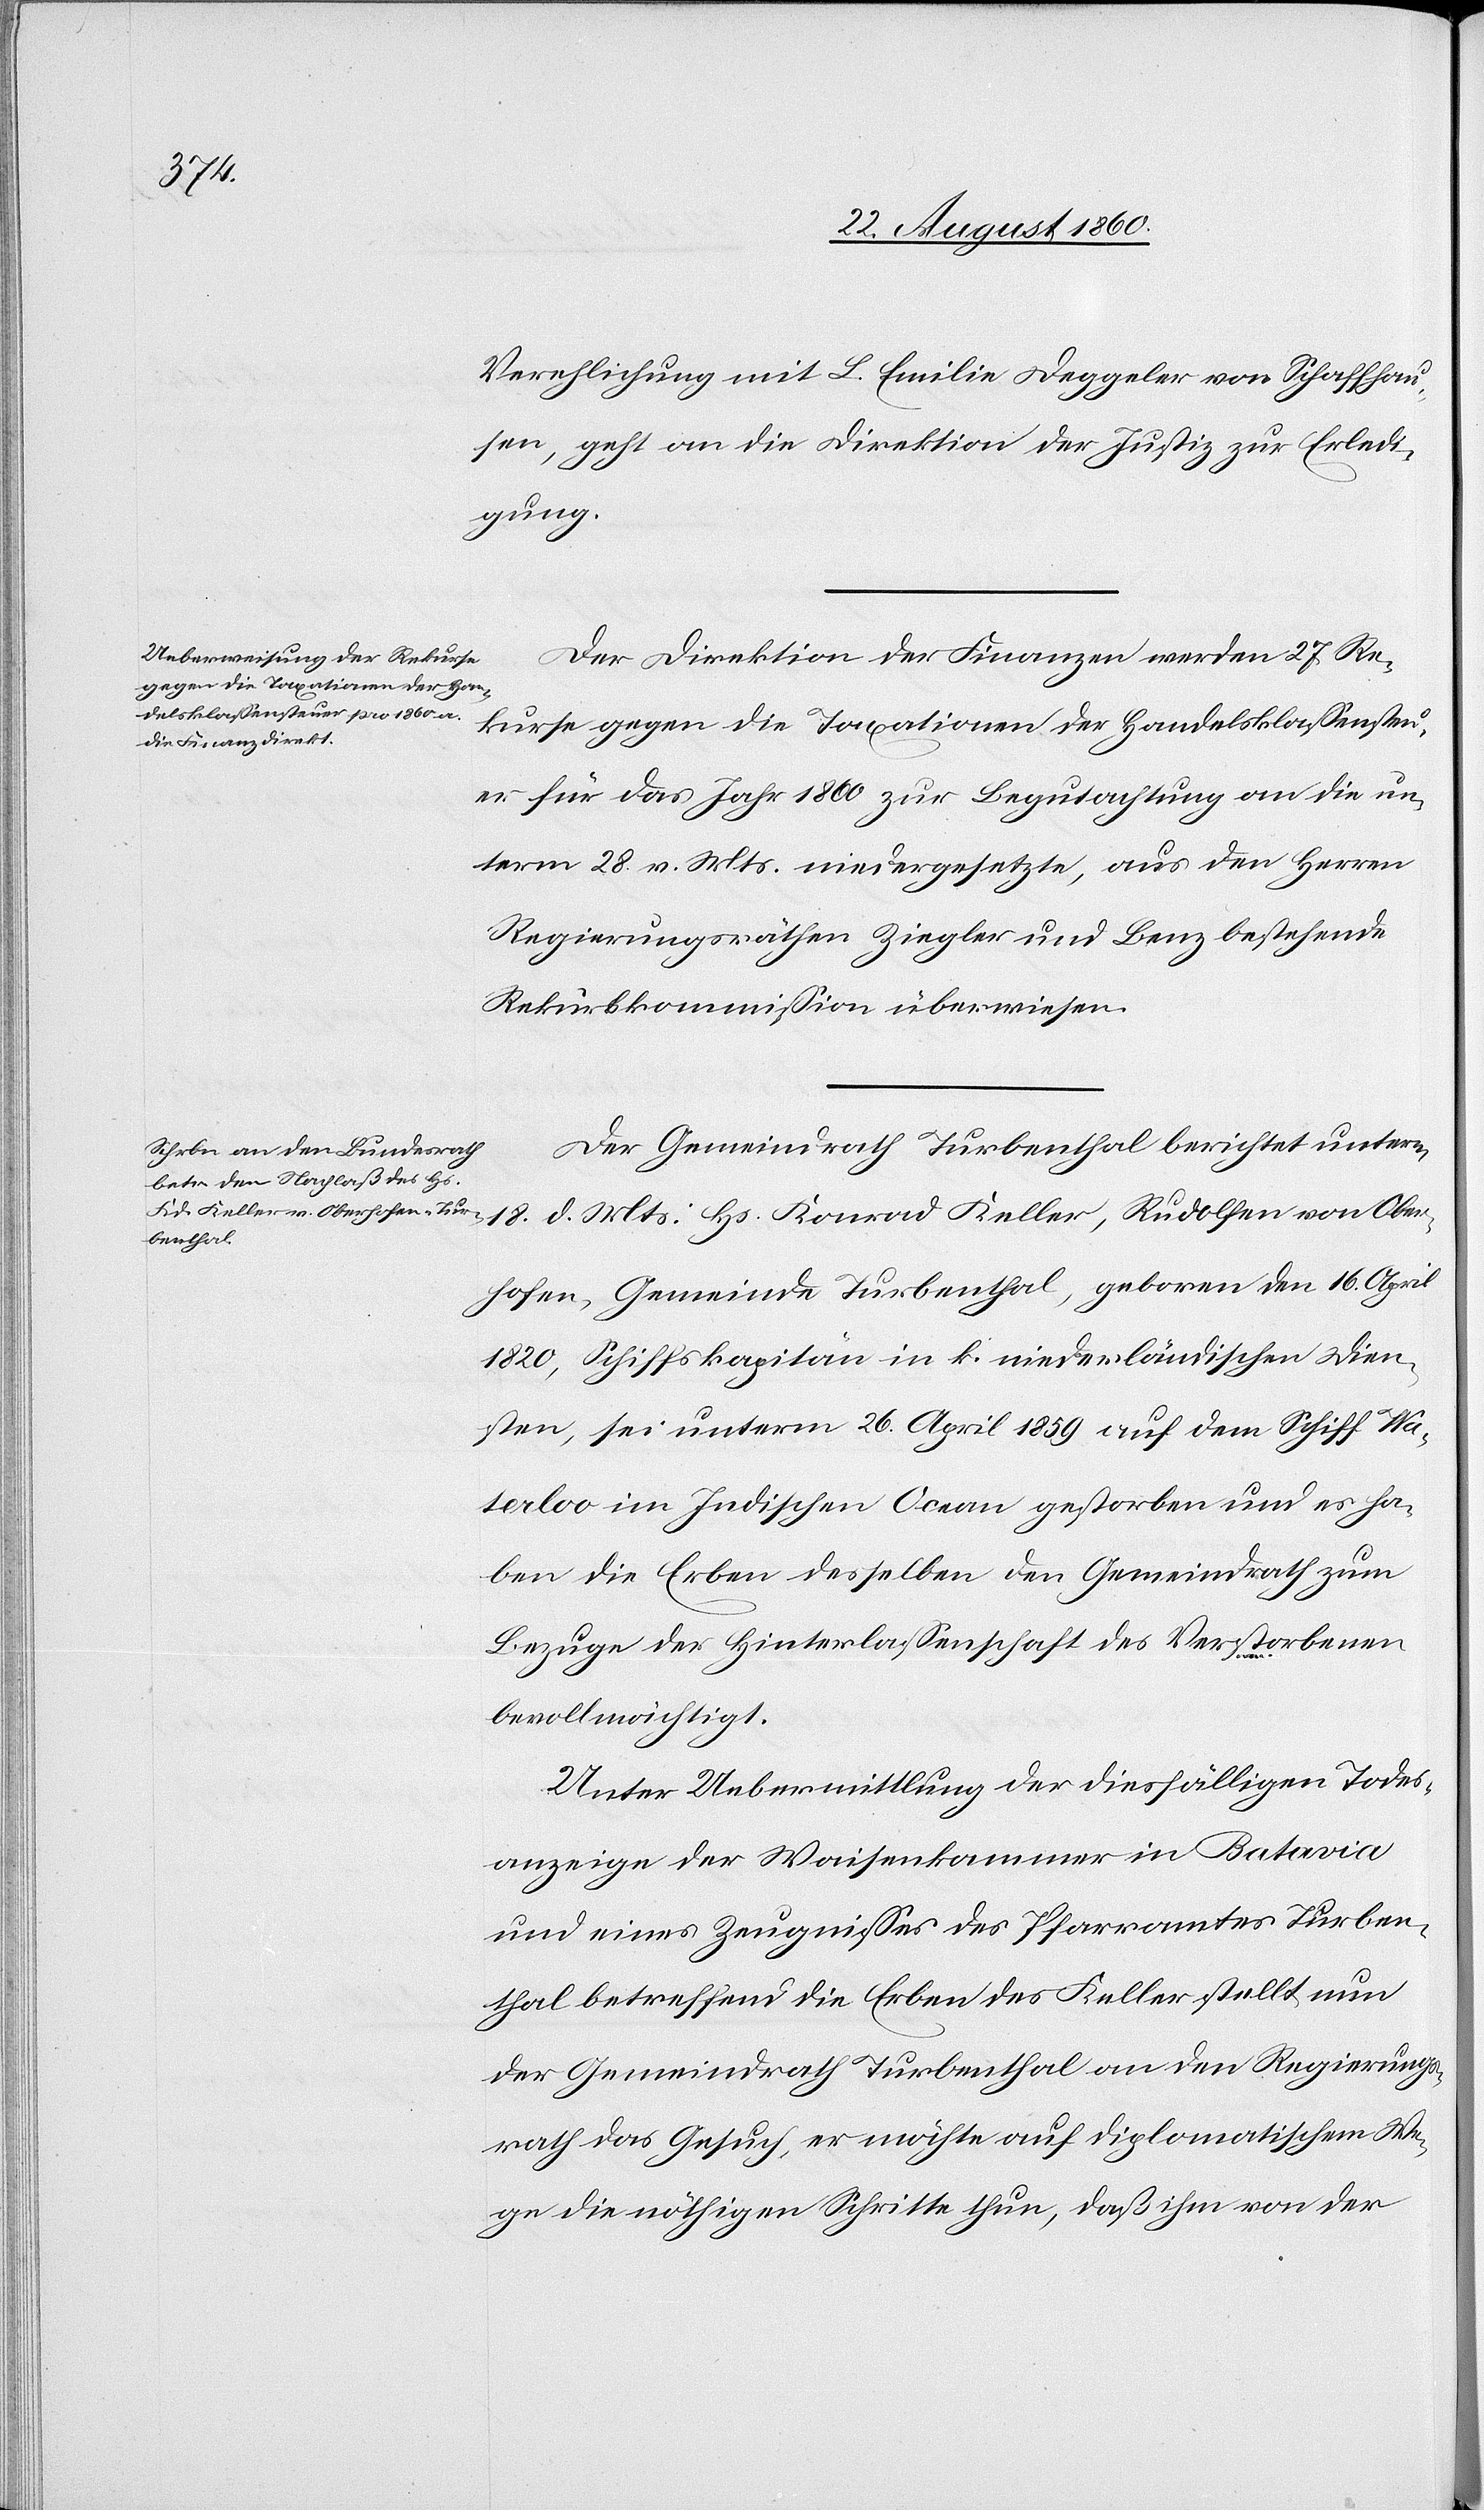
24. August 1860.]
Verehelichung mit L. Emilie Deggeler von Schaffhau¬
sen geht an die Direktion der Justiz zur Erledi¬
gung.
Der Direktion der Finanzen werden 27 Re¬
kurse gegen die Taxationen der Handelsklassensteu¬
er für das Jahr 1860 zur Begutachtung an die un¬
term 28. v. Mts. niedergesetzte, aus den Herren
Regierungsräthen Ziegler und Benz bestehende
Rekurskommission überwiesen.
Der Gemeindrath Turbenthal berichtet unterm
d. Mts: Hs. Konrad Keller Rudolfer von Ober¬
18.
hofen, Gemeinde Turbenthal, geboren den 16. April
1820, Schiffskapitain in k. niederländischen Dien¬
sten, sei unterm 26. April 1859 auf dem Schiff Wa¬
terloo im Indischen Ocean gestorben und es ha¬
ben die Erben desselben den Gemeindrath zum
Bezuge der Hinterlassenschaft des Verstorbenen
bevollmächtigt.
Unter Uebermittlung der diesfälligen Todes¬
anzeige der Waisenkammer in Batavia
und eines Zeugnisses des Pfarramtes Turben¬
thal betreffend die Erben des Keller stellt nun
der Gemeindrath Turbentahl an den Regierungs¬
rath das Gesuch, er möchte auf diplomatischem We¬
ge die nöthigen Schritte thun, dass ihm von der